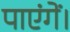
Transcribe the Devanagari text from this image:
पाएंगें।